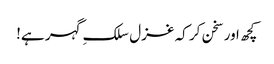
کچھ اور سخن کر کہ غزل سلکِ گہر ہے!